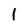
Character: I